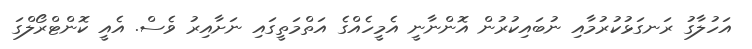
އަހުލާގު ރަނގަޅުކުރުމާއި ނުބައިކުރުން އޮންނާނީ އެމީހެއްގެ އަތްމަތީގައި ނަށާއިރު ވެސް. އެއީ ކޮންޓްރޯލްގަ